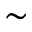
\sim